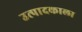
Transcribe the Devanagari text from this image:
उत्पादकाला